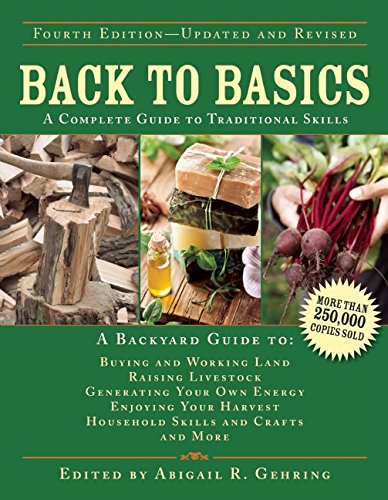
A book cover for Back to Basics: A Complete Guide to Traditional Skills; Crafts, Hobbies & Home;